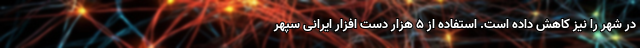
در شهر را نیز کاهش داده است. استفاده از ۵ هزار دست افزار ایرانی سپهر